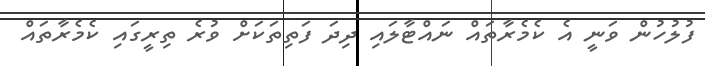
ފުލުހުން ވަނީ އެ ކެމެރާތައް ނައްޓާލައި ދިދަ ފަތިތަކަށް ވުރެ ތިރީގައި ކެމެރާތައް